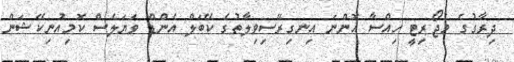
ދިރާގުގެ މެޖޯރިޓީ ހިއްސާ އޮންނަ އިނގިރޭސިވިލާތުގެ ކޭބަލް އެންޑް ވަޔަލެސް ކޮމިއުނިކޭޝަން